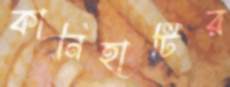
কানিহাটির